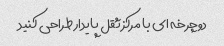
دوچرخه ای با مرکز ثقل پایدار طراحی کنید